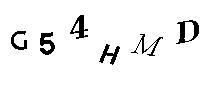
G54HMD